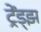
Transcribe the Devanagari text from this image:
ट्रेंड्‌झ